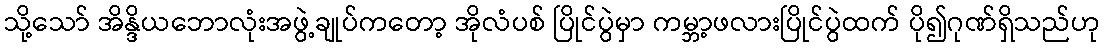
သို့သော် အိန္ဒိယဘောလုံးအဖွဲ့ချုပ်ကတော့ အိုလံပစ် ပြိုင်ပွဲမှာ ကမ္ဘာ့ဖလားပြိုင်ပွဲထက် ပို၍ဂုဏ်ရှိသည်ဟု